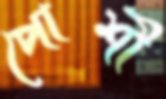
পোশী